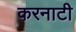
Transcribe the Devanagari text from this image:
करनाटी